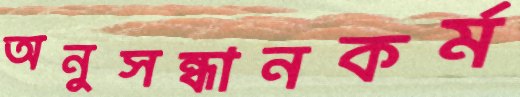
অনুসন্ধানকর্ম